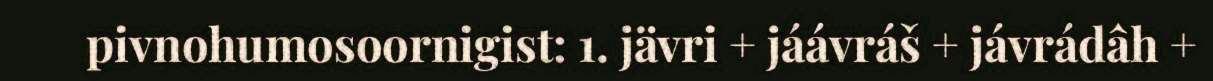
pivnohumosoornigist: 1. jävri + jáávráš + jávrádâh +